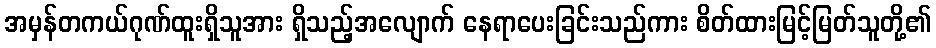
အမှန်တကယ်ဂုဏ်ထူးရှိသူအား ရှိသည့်အလျောက် နေရာပေးခြင်းသည်ကား စိတ်ထားမြင့်မြတ်သူတို့၏